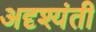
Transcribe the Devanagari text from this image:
अदृश्यंती